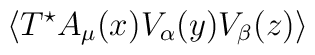
\langle T^{\star} A_{\mu}(x)V_{\alpha}(y)V_{\beta}(z)\rangle